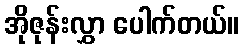
အိုဇုန်းလွှာ ပေါက်တယ်။